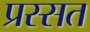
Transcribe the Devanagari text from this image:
प्रस्सत